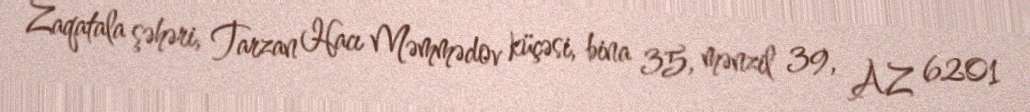
Zaqatala şəhəri, Tarzan Hacı Məmmədov küçəsi, bina 35, mənzil 39, AZ 6201